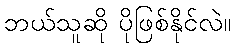
ဘယ်သူဆို ပိုဖြစ်နိုင်လဲ။